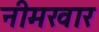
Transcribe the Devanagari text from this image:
नीमखार